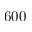
6 0 0